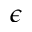
\epsilon